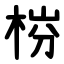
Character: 梤